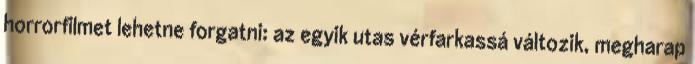
horrorfilmet lehetne forgatni: az egyik utas vérfarkassá változik, megharap